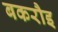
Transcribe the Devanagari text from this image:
बकरौइ